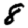
Digit: 8